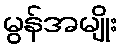
မွန်အမျိုး